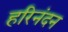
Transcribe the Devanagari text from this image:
हरिनंदन